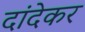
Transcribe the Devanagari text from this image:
दांदेकर